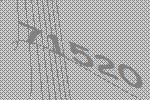
71520